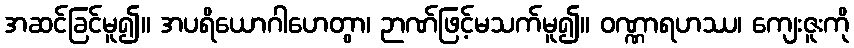
အဆင်ခြင်မူ၍။ အပရိယောဂါဟေတွာ၊ ဉာဏ်ဖြင့်မသက်မူ၍။ ဝဏ္ဏာရဟဿ၊ ကျေးဇူးကို